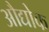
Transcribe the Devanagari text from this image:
औद्योक